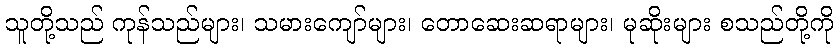
သူတို့သည် ကုန်သည်များ၊ သမားကျော်များ၊ တောဆေးဆရာများ၊ မုဆိုးများ စသည်တို့ကို